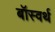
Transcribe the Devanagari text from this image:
बॉस्वर्थ